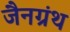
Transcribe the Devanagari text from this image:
जैनग्रंथ